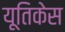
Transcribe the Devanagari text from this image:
यूतिकेस